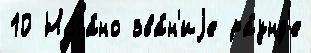
10 Нага́но зва́н'иjе ра́унд'е